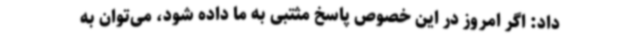
داد: اگر امروز در این خصوص پاسخ مثتبی به ما داده شود، می‌توان به